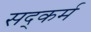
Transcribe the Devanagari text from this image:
सद्कर्म